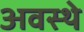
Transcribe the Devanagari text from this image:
अवस्थे